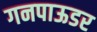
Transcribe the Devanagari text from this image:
गनपाऊडर